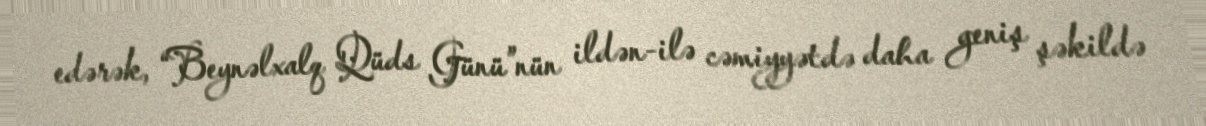
edərək, “Beynəlxalq Qüds Günü”nün ildən-ilə cəmiyyətdə daha geniş şəkildə